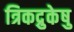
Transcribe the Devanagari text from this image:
त्रिकद्रुकेषु